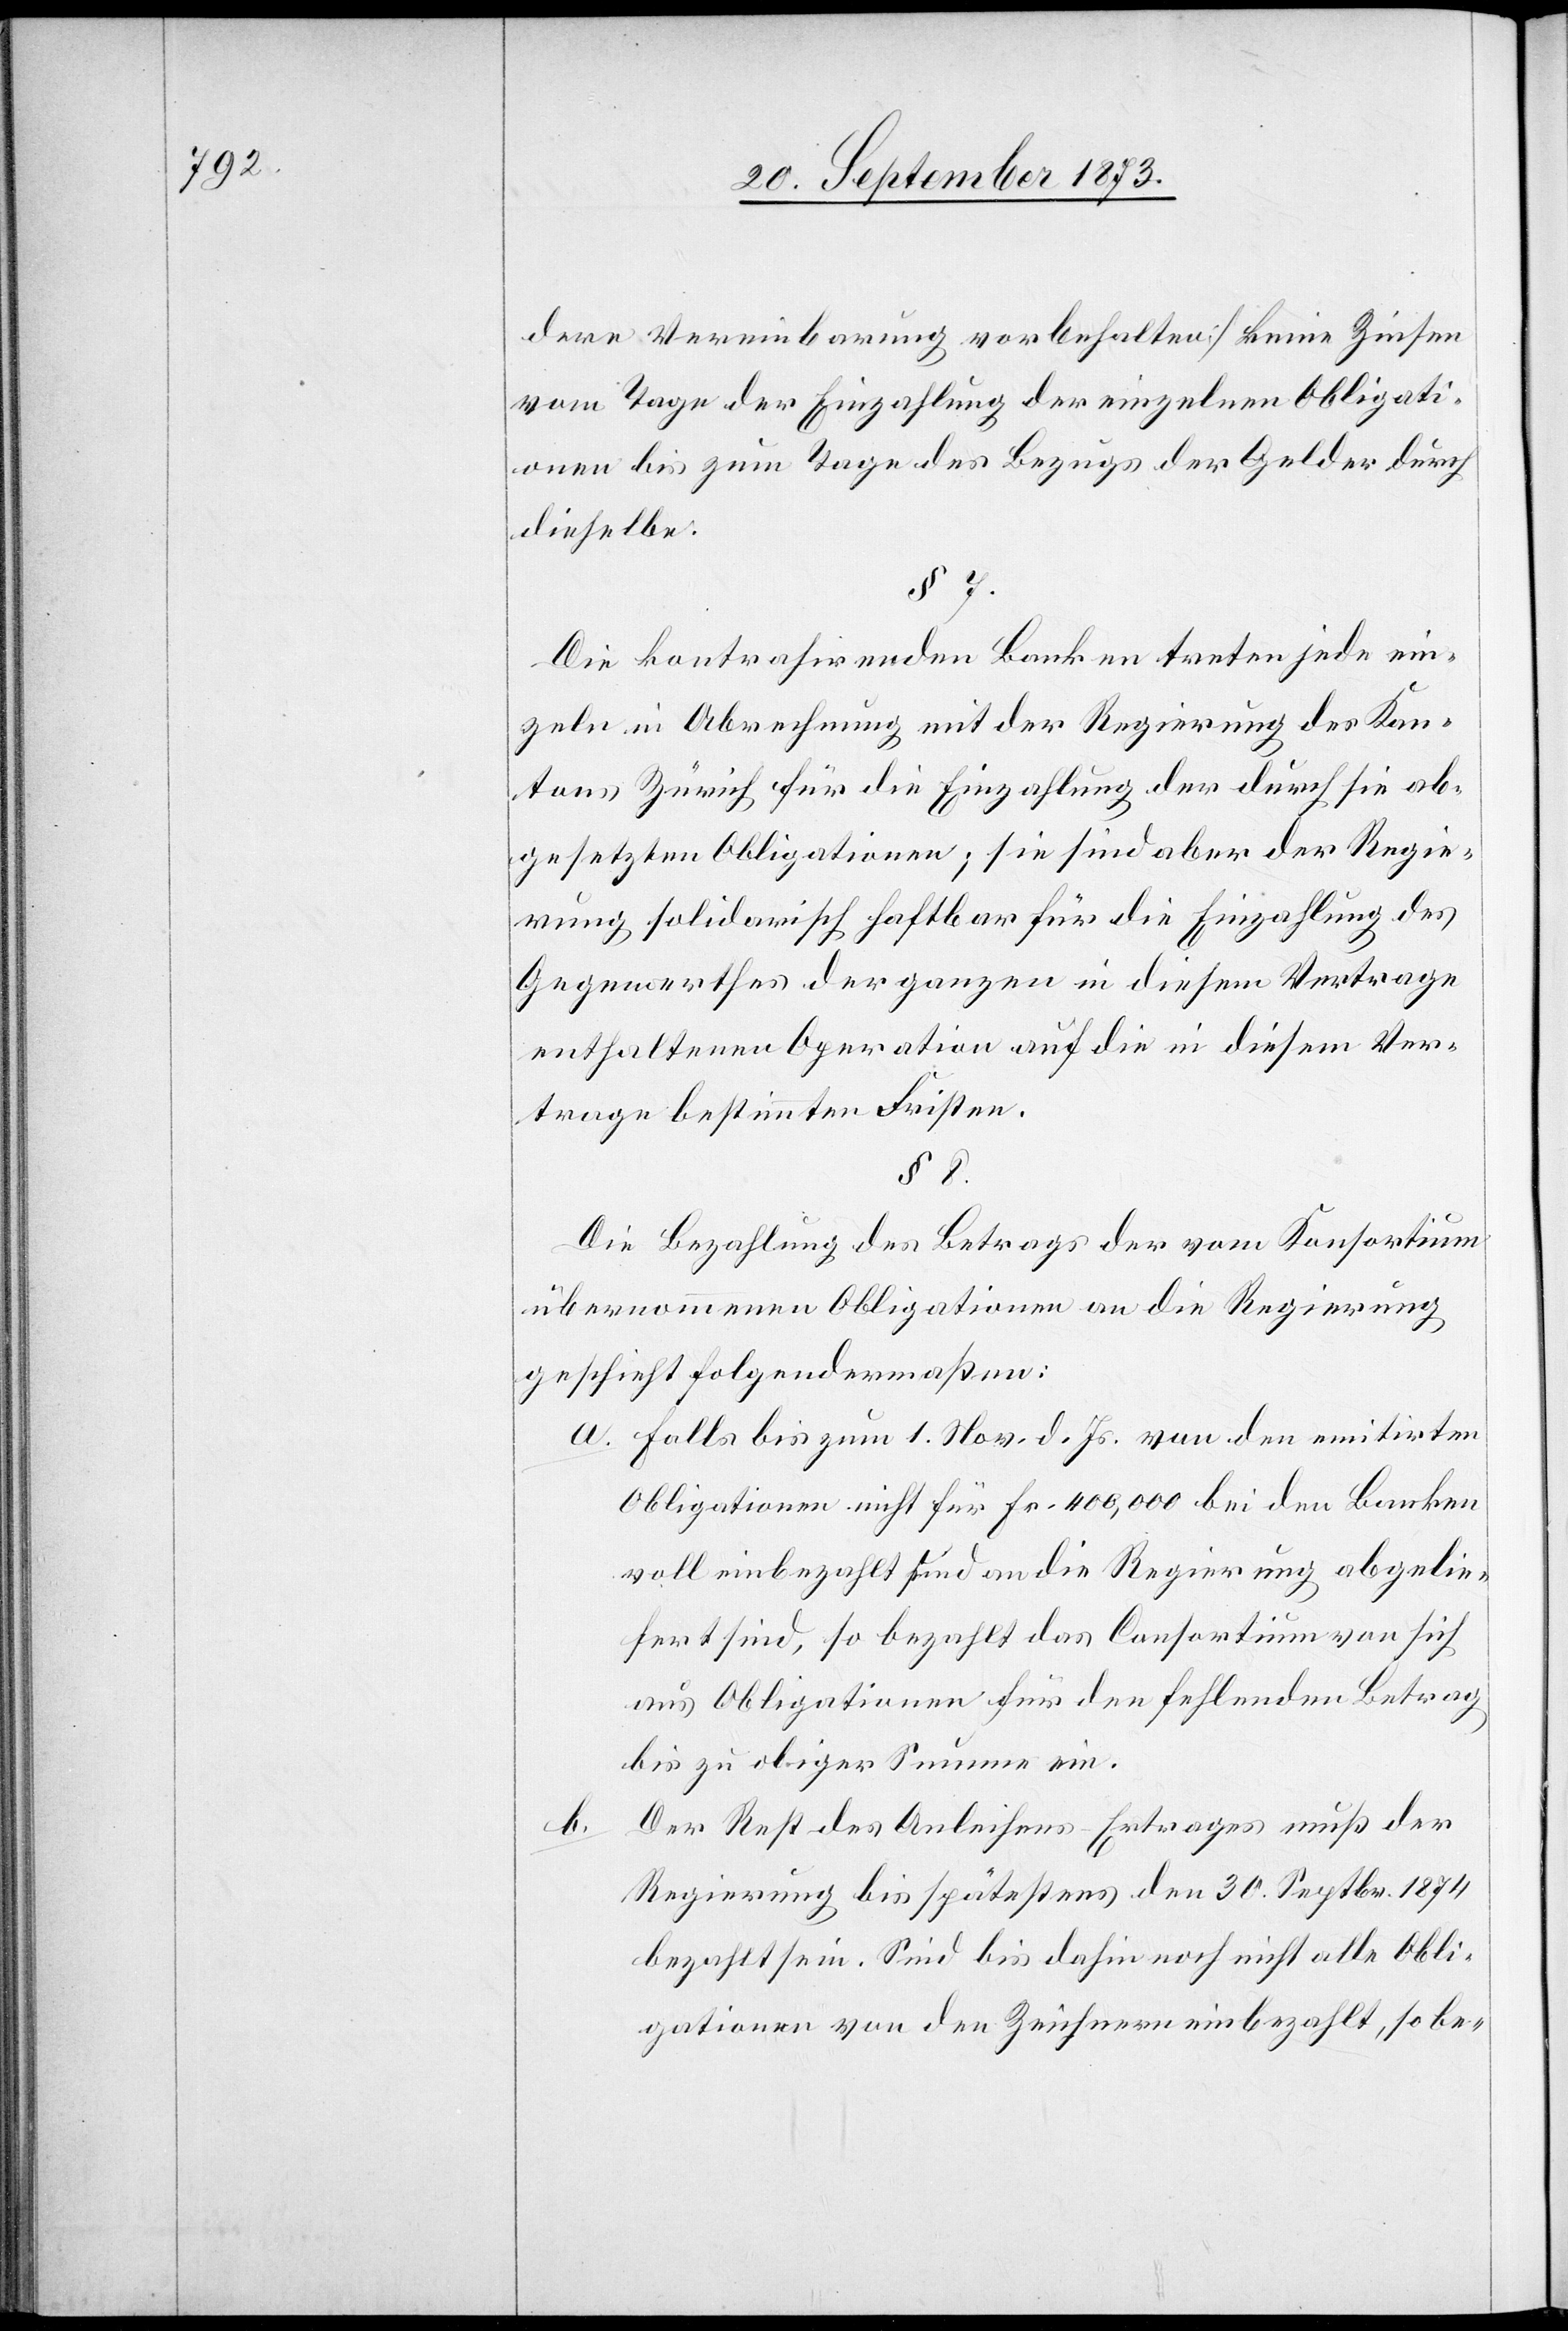
dere Vereinbarung vorbehalten] keine Zinsen
vom Tage der Einzahlung der einzelnen Obligati¬
onen bis zum Tage des Bezugs der Gelder durch
dieselbe.
§ 7.
Die kontrahirenden Banken treten jede ein¬
zeln in Abrechnung mit der Regierung des Kan¬
tons Zürich für die Einzahlung der durch sie ab¬
gesetzten Obligationen; sie sind aber der Regie¬
rung solidarisch haftbar für die Einzahlung des
Gegenwerthes der ganzen in diesem Vertrage
enthaltenen Operation auf die in diesem Ver¬
trage bestimmten Fristen.
§ 8.
Die Bezahlung des Betrags der vom Konsortium
übernommenen Obligationen an die Regierung
geschieht folgendermaßen:
a. Falls bis zum 1. Nov d. Js. von den emitirten
Obligationen nicht für Fr. 400,000 bei den Banken
voll einbezahlt und an die Regierung abgelie¬
fert sind, so bezahlt das Consortium von sich
aus Obligationen für den fehlenden Betrag
bis zu obiger Summe ein.
b.
Der Rest des Anleihens-Ertrages muß der
Regierung bis spätestens den 30. Septbr. 1874
bezahlt sein. Sind bis dahin noch nicht alle Obli¬
gationen von den Zeichnern einbezahlt, so be-